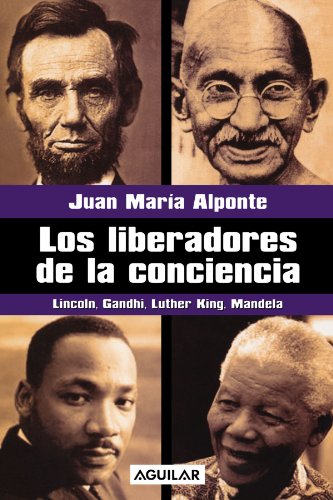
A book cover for Los Liberadores de la Conciencia: Lincoln, Gandhi, Luther King, Mandela (Spanish Edition); Juan Maria Alponte; Religion & Spirituality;